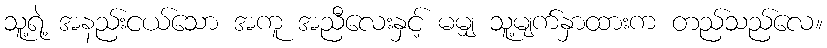
သူ့ရဲ့ အနည်းငယ်သော အကူ အညီလေးနှင့် မမျှ သူ့မျက်နှာထားက တည်သည်လေ။